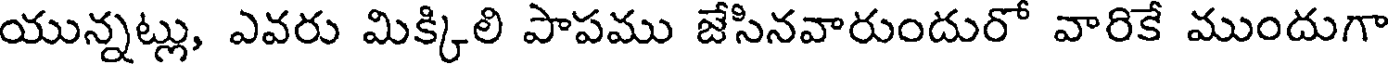
యున్నట్లు, ఎవరు మిక్కిలి పాపము జేసినవారుందురో వారికే ముందుగా